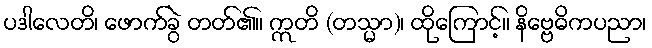
ပဒါလေတိ၊ ဖောက်ခွဲ တတ်၏။ ဣတိ (တသ္မာ)၊ ထိုကြောင့်။ နိဗ္ဗေဓိကပညာ၊